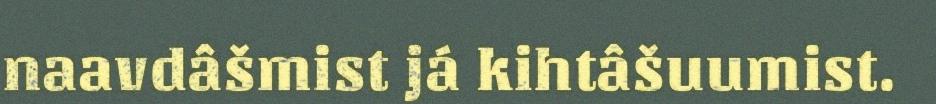
naavdâšmist já kihtâšuumist.